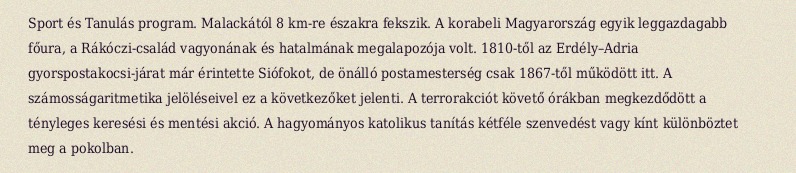
Sport és Tanulás program. Malackától 8 km-re északra fekszik. A korabeli Magyarország egyik leggazdagabb főura, a Rákóczi-család vagyonának és hatalmának megalapozója volt. 1810-től az Erdély–Adria gyorspostakocsi-járat már érintette Siófokot, de önálló postamesterség csak 1867-től működött itt. A számosságaritmetika jelöléseivel ez a következőket jelenti. A terrorakciót követő órákban megkezdődött a tényleges keresési és mentési akció. A hagyományos katolikus tanítás kétféle szenvedést vagy kínt különböztet meg a pokolban.